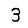
Digit: 3